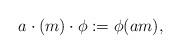
LaTeX: \begin{align*}a\cdot(m)\cdot \phi:=\phi(am),\end{align*}